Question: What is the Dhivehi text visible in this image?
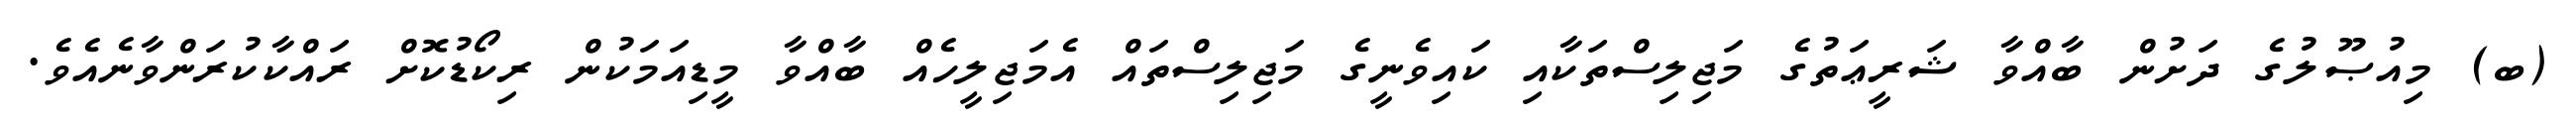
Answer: (ބ) މިއުޞޫލުގެ ދަށުން ބާއްވާ ޝަރީޢަތުގެ މަޖިލިސްތަކާއި ކައިވެނީގެ މަޖިލިސްތައް އެމަޖިލީހެއް ބާއްވާ މީޑިއަމަކުން ރިކޯޑުކޮށް ރައްކާކުރަންވާނެއެވެ.